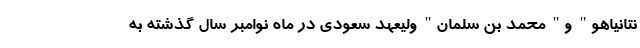
نتانیاهو" و" محمد بن سلمان" ولیعهد سعودی در ماه نوامبر سال گذشته به